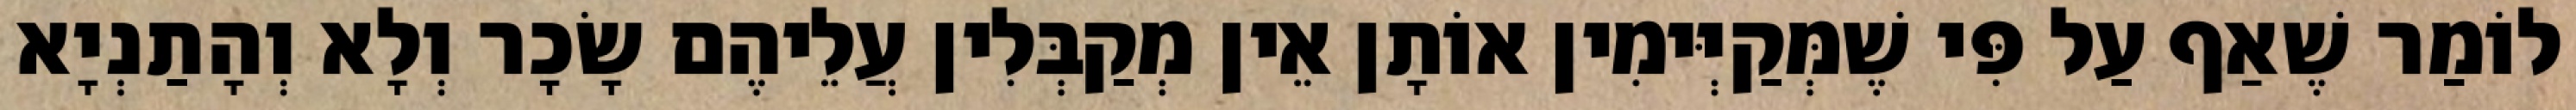
לוֹמַר שֶׁאַף עַל פִּי שֶׁמְּקַיְּימִין אוֹתָן אֵין מְקַבְּלִין עֲלֵיהֶם שָׂכָר וְלָא וְהָתַנְיָא